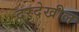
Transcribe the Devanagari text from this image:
दरदेखील